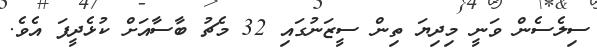
ސިލެސެން ވަނީ މިދިޔަ ތިން ސީޒަނުގައި 32 މެޗު ބާސާއަށް ކުޅެދީފަ އެވެ.